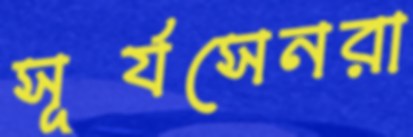
সূর্যসেনরা